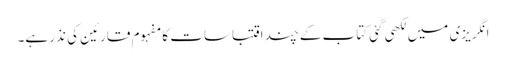
انگریزی میں لکھی گئی کتاب کے چند اقتباسات کا مفہوم قارئین کی نذر ہے۔